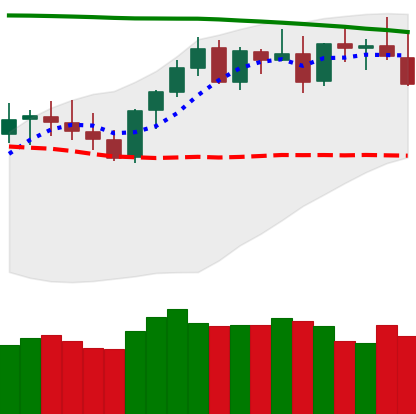
Ticker: XMR-USD
Chart end date: 2021-08-17
Forward return: 19.251%
Label: up_7plus